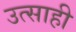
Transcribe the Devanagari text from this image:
उत्‍साही